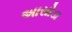
અાસોડા